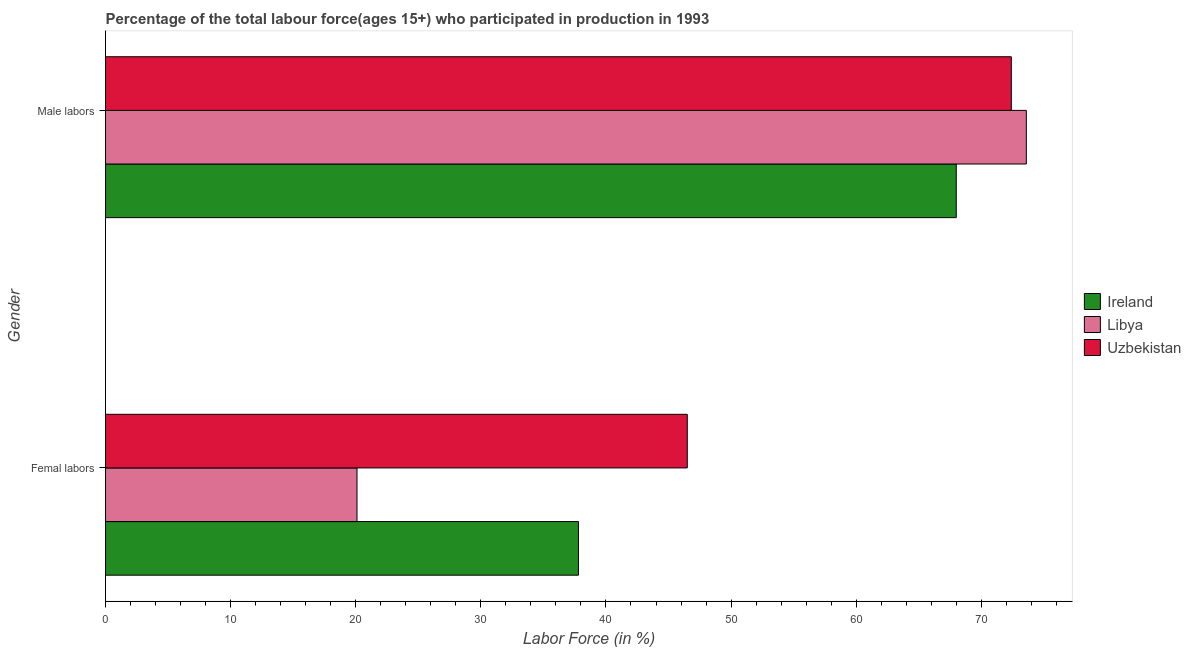
| Gender | Ireland | Libya | Uzbekistan |
 | --- | --- | --- | --- |
 | Femal labors | 37.8 | 20.1 | 46.5 |
 | Male labors | 68 | 73.6 | 72.4 |